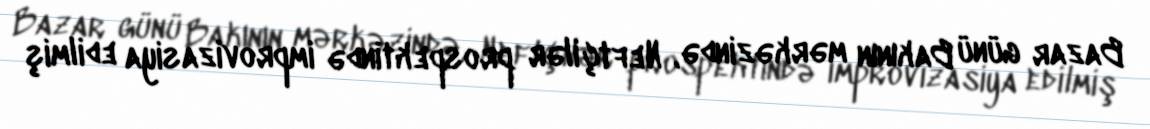
Bazar günü Bakının mərkəzində, Neftçilər prospektində improvizasiya edilmiş